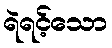
ရဲရင့်သော